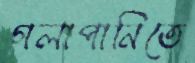
গলাপানিতে